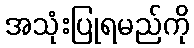
အသုံးပြုရမည်ကို